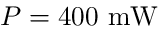
P = 4 0 0 ~ \mathrm { m W }